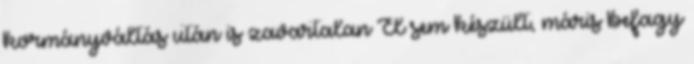
kormányváltás után is zavartalan El sem készült, máris befagy